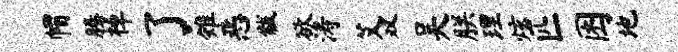
帽腾棹了雉恶黻欲涛艾双吴朕理炫匹困地